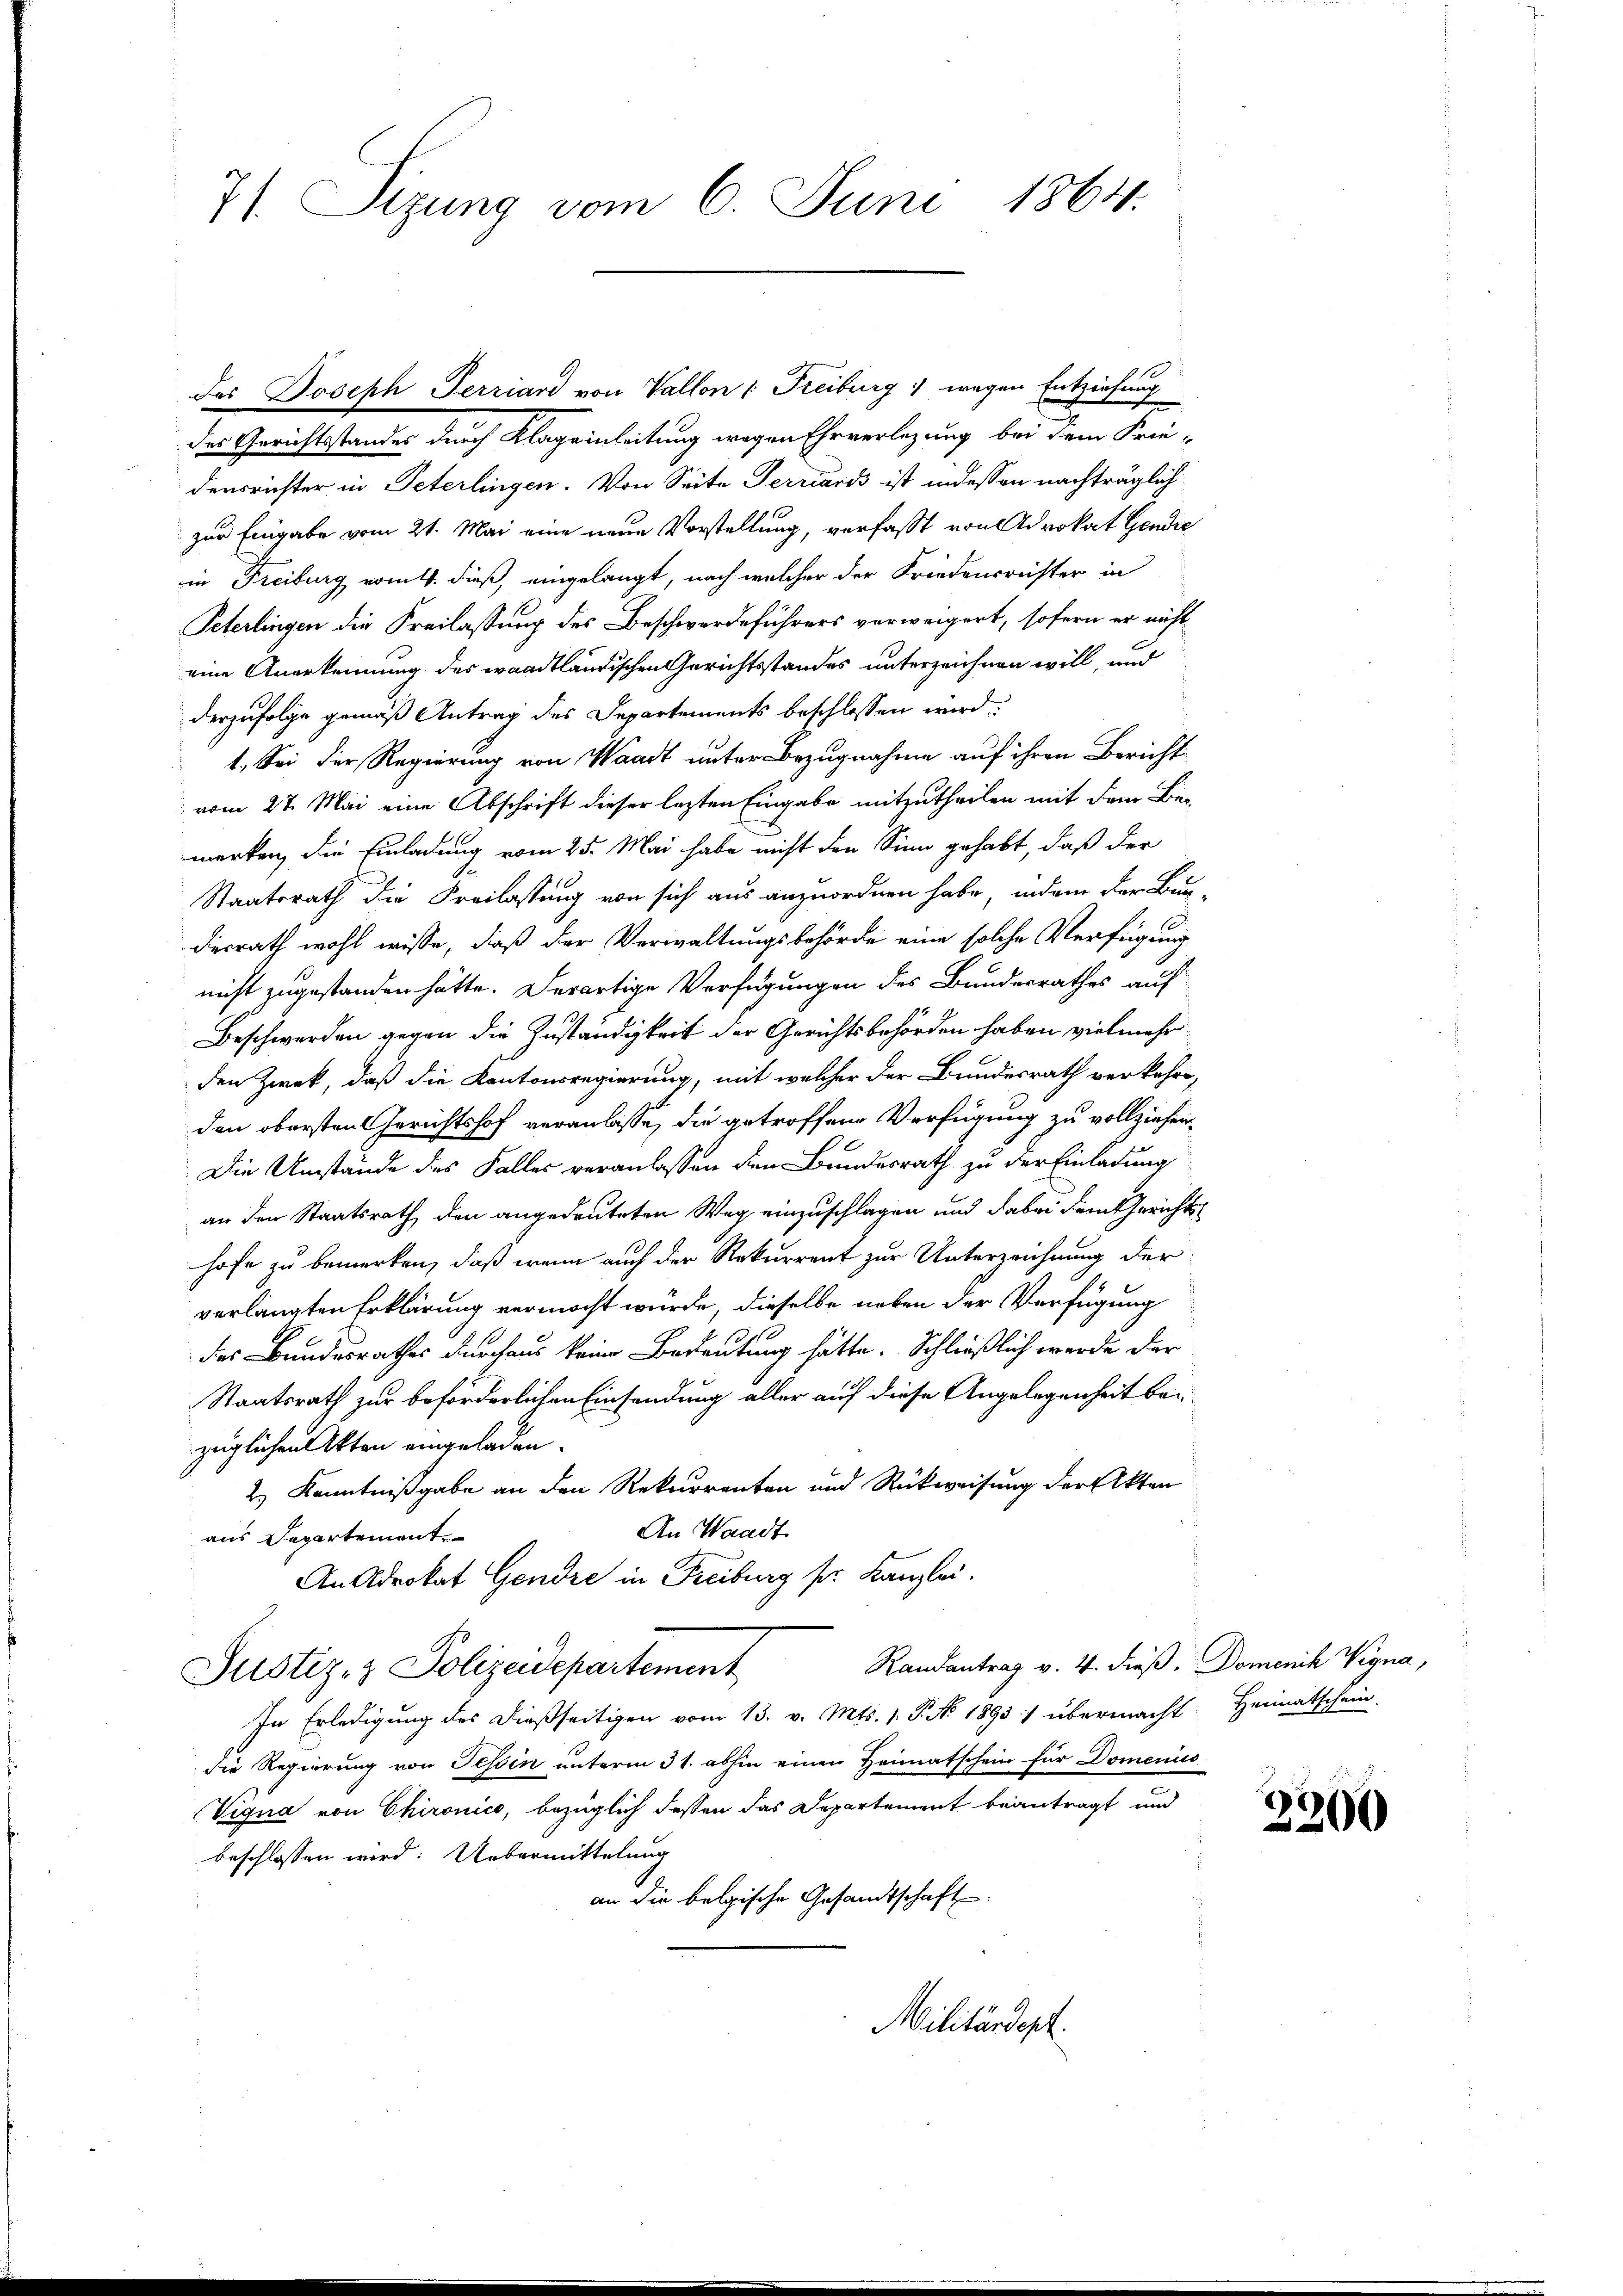
71. Sizung vom 6. Juni 1864.

der Gerichtstandes durch Klageinleitung wegen Ehrverlegung bei dem Friedensrichter in Peterlingen. Von Seite Terriards ist indessen nachträglich
zur Eingabe vom 21. Mai eine neue Vorstellung, verfasst von Advokat Gendie
in Freiburg vom 4. dieß, eingelangt, nach welcher der Friedensreister in
Peterlingen die Freilassung des Beschwerdeführers verweigert, sofern er nicht
eine Anerkennung des waadtländischen Gerichtsstandes unterzeichnen will, und
derzufolge gemäß Antrag des Departements beschlossen wird
1. Sei der Regierung von Waadt unter Bezugnahme auf ihren Bericht
vom 27. Mai eine Abschrift dieser lezten Eingabe mitzutheilen mit dem Bemerken, die Einladung vom 25. Mai habe nicht den Sinn gehabt, daß der
Staatsrath die Freilastung von sich aus anzuordnen habe, indem der Bun-
desrath wohl wisse, daß der Verwaltungsbehörde eine solche Verfügung
nicht zugestanden hätte. Derartige Verfügungen des Bundesrathes auf
Beschwerden gegen die Zuständigkeit der Gerichtsbehörden haben vielmehr
den Zweck, daß die Kantonsregierung, mit welcher der Bundesrath verkehrt,
den obersten Gerichtshof veranlaße, die getroffene Verfügung zu vollziehen.
Die Umstände des Falles veranlassen den Bundesrath zu der Einladung
an den Staatsrath den angedeuteten Weg einzuschlagen und dabei dem Gerichts
hofe zu bemerken, daß wenn auch der Rekurrent zur Unterzeichnung der
verlangten Erklärung vermocht würde, dieselbe neben der Verfügung
des Bundesrathes durchaus keine Bedeutung hätte. Schließlich werde der
Staatsrath zur beförderlichen Einsendung aller auf diese Angelegenheit bezüglichen Akten eingeladen.
2.) Kenntnißgabe an den Rekurrenten und Rückweisung der Akten
An Waadt
aus Departement
An Advokat Gendre in Freiburg pr. Kanzlei.
Randantrag v. 4. dieß. Domenik Vegna,
Justiz- & Polizeidepartement
In Erledigung des dießseitigen vom 13. v. Mts. 1. P. No. 1893) übermacht Heimatschein
die Regierung von Tessin unterm 31. abhin einen Heimatschein für Domenico
Vigna von Chironico, bezüglich dessen das Departement beantragt und
beschlossen wird: Uebermittelung
an die belgische Gesandtschaft
Militärdept.

das Joseph Perriard von Vallon (Freiburg 1 wegen Entziehung

3300